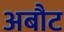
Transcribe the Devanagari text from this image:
अबौट